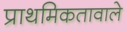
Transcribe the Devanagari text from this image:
प्राथमिकतावाले